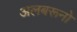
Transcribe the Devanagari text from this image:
अलबरूनो